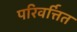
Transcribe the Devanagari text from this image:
परिवर्त्तित